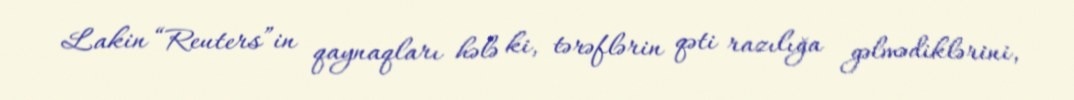
Lakin “Reuters”in qaynaqları hələ ki, tərəflərin qəti razılığa gəlmədiklərini,